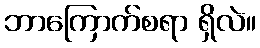
ဘာကြောက်စရာ ရှိလဲ။